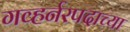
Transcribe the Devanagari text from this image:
गव्हर्नरपदाच्या